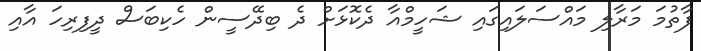
ފާތުމަ މަރާލި މައްސަލައިގައި ޝަހީމްއާ ދެކޮޅަށް ދެ ބިދޭސީން ހެކިބަސް ދީފިރިހަ އާއި